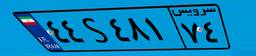
۴۴S۴۸۱۷۴